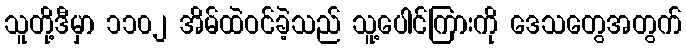
သူတို့ဒီမှာ ၁၁၀၂ အိမ်ထဲဝင်ခဲ့သည် သူ့ပေါင်ကြားကို ဒေသတွေအတွက်